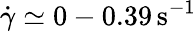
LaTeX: \dot{\gamma}\simeq 0-0.39\, {\mathrm{s}}^{-1}